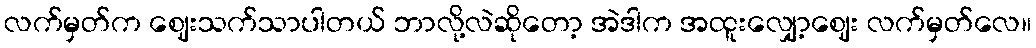
လက်မှတ်က ဈေးသက်သာပါတယ် ဘာလို့လဲဆိုတော့ အဲဒါက အထူးလျှော့ဈေး လက်မှတ်လေ။